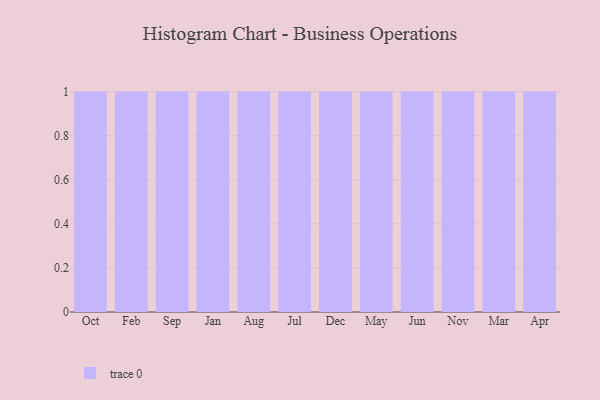
{"axis": {"x": "Month", "y": "Website Visitors"}, "legend": [""], "data": [{"x": "Oct", "y": 61, "type": ""}, {"x": "Feb", "y": 30, "type": ""}, {"x": "Sep", "y": 91, "type": ""}, {"x": "Jan", "y": 52, "type": ""}, {"x": "Aug", "y": 11, "type": ""}, {"x": "Jul", "y": 74, "type": ""}, {"x": "Dec", "y": 60, "type": ""}, {"x": "May", "y": 54, "type": ""}, {"x": "Jun", "y": 7, "type": ""}, {"x": "Nov", "y": 32, "type": ""}, {"x": "Mar", "y": 33, "type": ""}, {"x": "Apr", "y": 99, "type": ""}]}